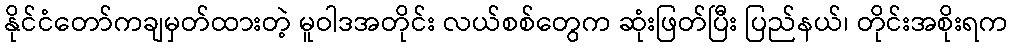
နိုင်ငံတော်ကချမှတ်ထားတဲ့ မူဝါဒအတိုင်း လယ်စစ်တွေက ဆုံးဖြတ်ပြီး ပြည်နယ်၊ တိုင်းအစိုးရက